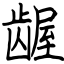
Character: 龌